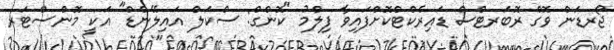
ޖޯރޑަން ވޮގް ރޮބަރޓްސް ޑައިރެކްޓްކޮށްފައިވާ ފިލްމު "ކޮންގް: ސްކަލް އައިލޭންޑް" އަކީ މޮންސްޓަރ